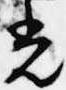
光